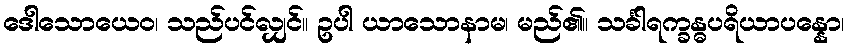
ဒေါသောယေဝ၊ သည်ပင်လျှင်။ ဥပါ ယာသောနာမ၊ မည်၏။ သင်္ခါရက္ခန္ဓပရိယာပန္နော၊